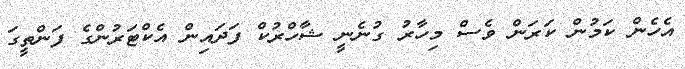
އެހެން ކަމުން ކަރަން ވެސް މިހާރު ގުނެނީ ޝާހްރުކް ފަދައިން އެކްޓަރުންގެ ފަންތީގަ